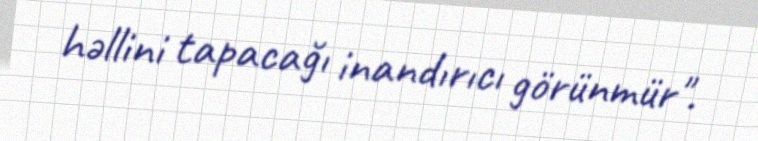
həllini tapacağı inandırıcı görünmür".